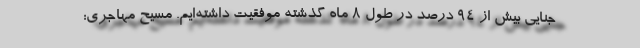
جنایی بیش از ۹۴ درصد در طول ۸ ماه گذشته موفقیت داشته‌ایم. مسیح مهاجری: